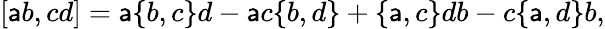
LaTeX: [\mathsf{a}b,cd]=\mathsf{a}\{ b,c\} d-\mathsf{a}c\{ b,d\} +\{ \mathsf{a},c\} db-c\{ \mathsf{a},d\} b,